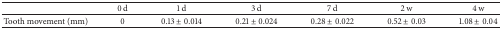
|  | 0 d | 1 d | 3 d | 7 d | 2 w | 4 w |
 | --- | --- | --- | --- | --- | --- | --- |
 | Tooth movement (mm) | 0 | 0.13 ± 0.014 | 0.21 ± 0.024 | 0.28 ± 0.022 | 0.52 ± 0.03 | 1.08 ± 0.04 |